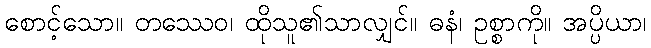
စောင့်သော။ တဿေဝ၊ ထိုသူ၏သာလျှင်။ ဓနံ၊ ဥစ္စာကို။ အပ္ပိယာ၊